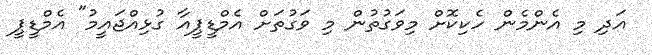
އަދި މި އެންމެން ހެކިކޮށް މިވަގުތުން މި ވަގުތަށް އެމްޑީޕީއާ ގުޅިއްޖައީމު" އެމްޑީޕީ